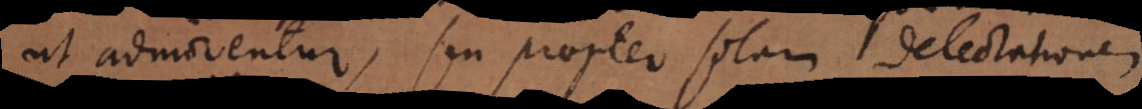
ut admirentur, seu propter solam delectationem